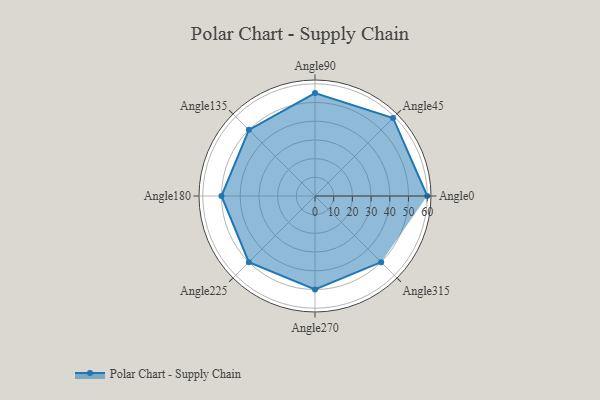
{"axis": {"x": "Angle", "y": "Radius"}, "legend": [""], "data": [{"x": "Angle0", "y": 60.0, "type": ""}, {"x": "Angle45", "y": 59.0, "type": ""}, {"x": "Angle90", "y": 55.0, "type": ""}, {"x": "Angle135", "y": 50, "type": ""}, {"x": "Angle180", "y": 50, "type": ""}, {"x": "Angle225", "y": 50, "type": ""}, {"x": "Angle270", "y": 50, "type": ""}, {"x": "Angle315", "y": 50, "type": ""}]}